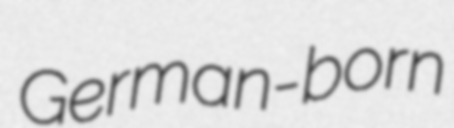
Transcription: German-born